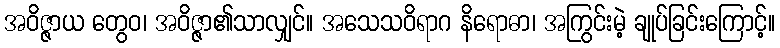
အဝိဇ္ဇာယ တွေဝ၊ အဝိဇ္ဇာ၏သာလျှင်။ အသေသဝိရာဂ နိရောဓာ၊ အကြွင်းမဲ့ ချုပ်ခြင်းကြောင့်။